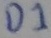
Text: D1